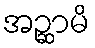
အဉ္ဆာမိ